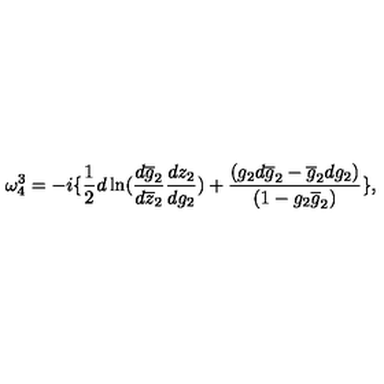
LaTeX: \omega _ { 4 } ^ { 3 } = - i \{ \frac { 1 } { 2 } d \ln ( \frac { d \overline { { g } } _ { 2 } } { d \overline { { z } } _ { 2 } } \frac { d z _ { 2 } } { d g _ { 2 } } ) + \frac { ( g _ { 2 } d \overline { { g } } _ { 2 } - \overline { { g } } _ { 2 } d g _ { 2 } ) } { ( 1 - g _ { 2 } \overline { { g } } _ { 2 } ) } \} ,